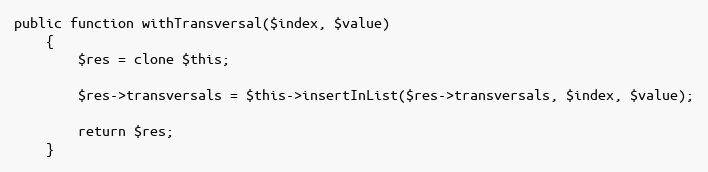
Language: PHP
public function withTransversal($index, $value)
    {
        $res = clone $this;

        $res->transversals = $this->insertInList($res->transversals, $index, $value);

        return $res;
    }